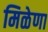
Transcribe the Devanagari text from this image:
मिळेणा